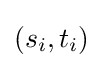
(s_{i},t_{i})